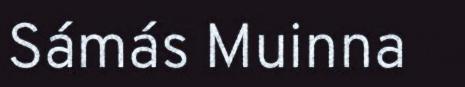
Sámás Muinna